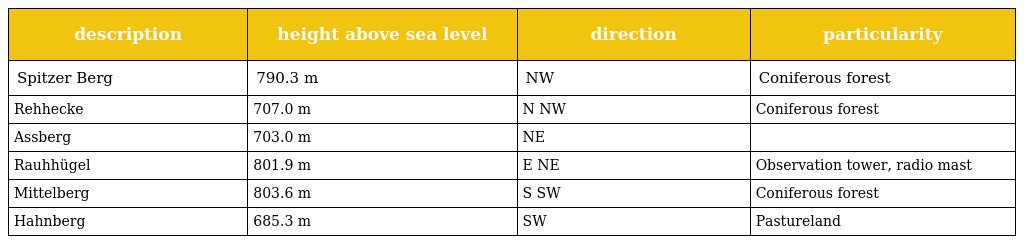
| description | height above sea level | direction | particularity |
 | --- | --- | --- | --- |
 | Spitzer Berg | 790.3 m | NW | Coniferous forest |
 | Rehhecke | 707.0 m | N NW | Coniferous forest |
 | Assberg | 703.0 m | NE |  |
 | Rauhhügel | 801.9 m | E NE | Observation tower, radio mast |
 | Mittelberg | 803.6 m | S SW | Coniferous forest |
 | Hahnberg | 685.3 m | SW | Pastureland |